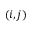
\left( i , j \right)